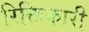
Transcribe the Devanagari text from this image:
रिक्तिकारी